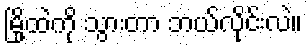
မြို့ထဲကို သွားတာ ဘယ်လိုင်းလဲ။